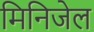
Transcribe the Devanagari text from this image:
मिनिजेल